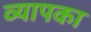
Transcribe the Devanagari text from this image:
व्यापका